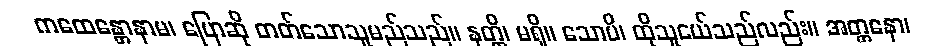
ကထေန္တောနာမ၊ ပြောဆို တတ်သောသူမည်သည်။ နတ္တိ၊ မရှိ။ သောပိ၊ ထိုသူငယ်သည်လည်း။ အတ္တနော၊